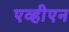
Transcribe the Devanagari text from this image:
एव्हीएन